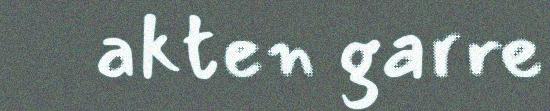
akten garre